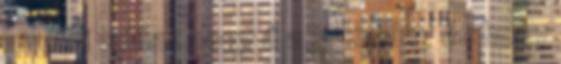
hitetni velünk hogy ő a jó kislány és hogy